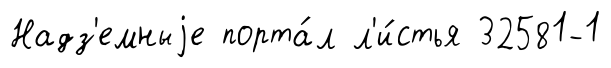
Надз'емныjе порта́л л'и́стья 32581-1